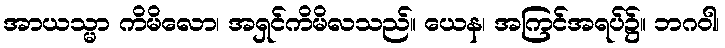
အာယသ္မာ ကိမိလော၊ အရှင်ကိမိလသည်။ ယေန၊ အကြင်အရပ်၌။ ဘဂဝါ၊